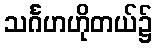
သင်္ဂဟဟိုတယ်၌